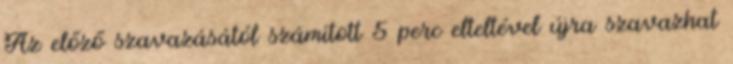
Az előző szavazásától számított 5 perc elteltével újra szavazhat